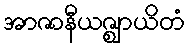
အာဇာနီယဇ္ဈာယိတံ